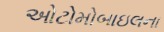
ઓટોમોબાઇલના